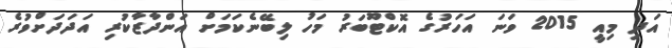
އަދި މިއީ 2015 ވަނަ އަހަރުގެ އޮކްޓޫބަރު މަހު ލިބޭނެކަމަށް އަންދާޒާކުރި އަދަދަށްވުރެ